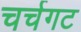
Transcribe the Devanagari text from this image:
चर्चगट